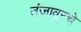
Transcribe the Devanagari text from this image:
तंजावूरचे